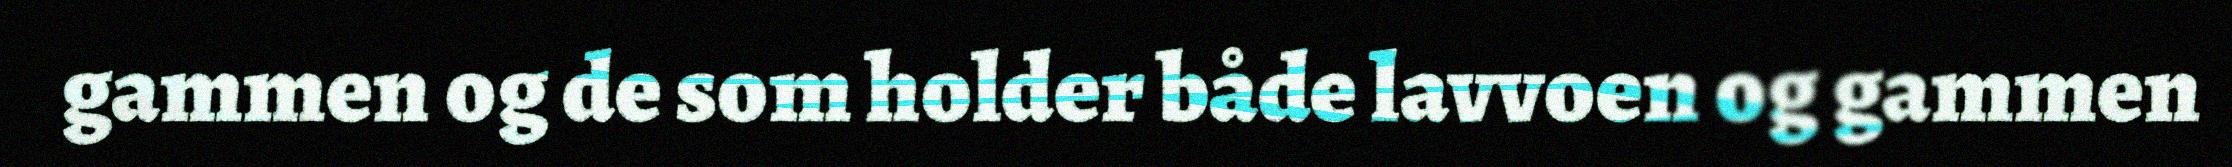
gammen og de som holder både lavvoen og gammen